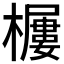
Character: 𱤫